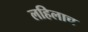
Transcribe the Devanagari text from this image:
लहिलाच